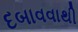
દબાવવાથી